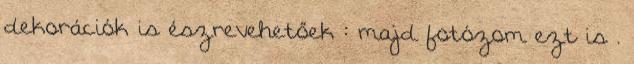
dekorációk is észrevehetőek : majd fotózom ezt is .